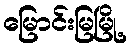
မြောင်းမြမြို့